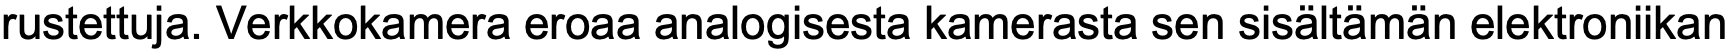
rustettuja. Verkkokamera eroaa analogisesta kamerasta sen sisältämän elektroniikan